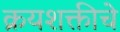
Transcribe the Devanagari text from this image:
क्रयशक्तीचे